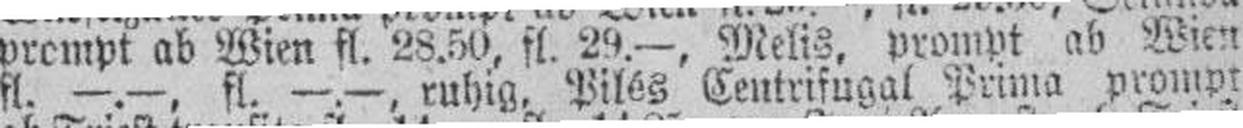
fl, —.—, fl. —.—, ruhig, Pilés Centrifugal Prima prompt